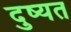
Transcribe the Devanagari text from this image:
दुष्यत